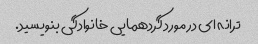
ترانه ای در مورد گردهمایی خانوادگی بنویسید.